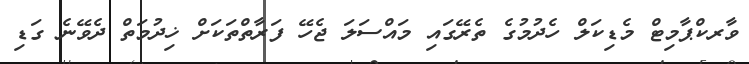
ވާރކްޕާމިޓް މެޑިކަލް ހެދުމުގެ ތެރޭގައި މައްސަލަ ޖެހޭ ފަރާތްތަކަށް ޚިދުމަތް ދެވޭނެ ގަޑި